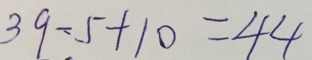
3 9 - 5 + 1 0 = 4 4